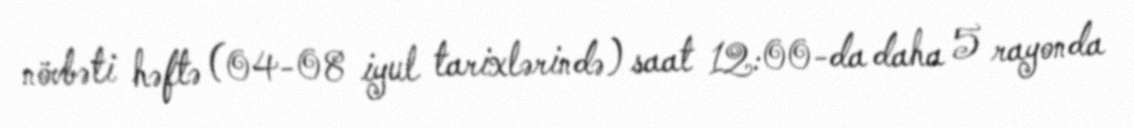
növbəti həftə (04-08 iyul tarixlərində) saat 12:00-da daha 5 rayonda